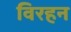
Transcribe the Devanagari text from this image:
विरहन